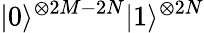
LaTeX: |0\rangle^{\otimes 2M-2N}|1\rangle^{\otimes 2N}